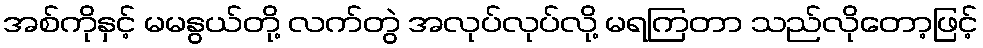
အစ်ကိုနှင့် မမနွယ်တို့ လက်တွဲ အလုပ်လုပ်လို့ မရကြတာ သည်လိုတော့ဖြင့်